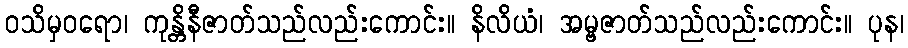
ဝသိမှဝရော၊ ကုန္တိနီဇာတ်သည်လည်းကောင်း။ နိလိယံ၊ အမ္ဗဇာတ်သည်လည်းကောင်း။ ပုန၊